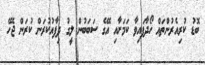
ބޮޑު ކުރިއެރުންތައް ހޯދާފައިވާ ކަމަށާއި އޭގެ ސަބަބުން ލީގު ދިފާއުކުރަން ކުރަން ޖެހޭ